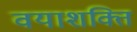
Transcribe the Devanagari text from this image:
वयाशक्ति